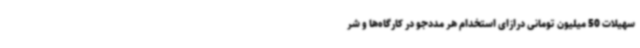
سهیلات 50 میلیون تومانی درازای استخدام هر مددجو در کارگاه‌ها و شر